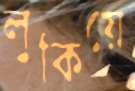
লুকিয়ে